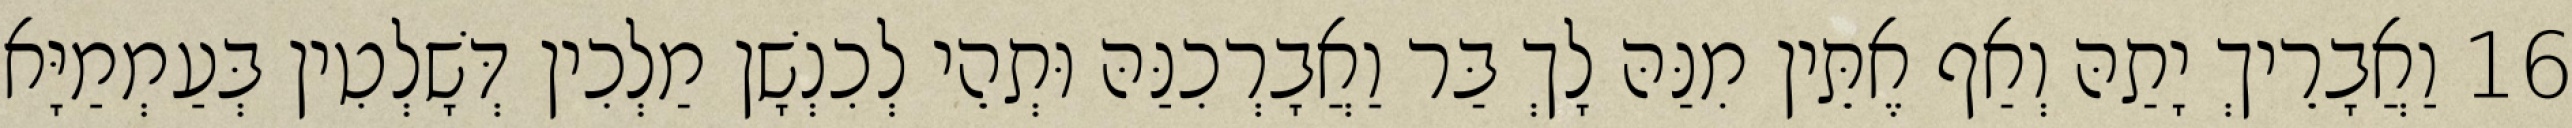
16 וַאֲבָרֵיךְ יָתַהּ וְאַף אֶתֵּין מִנַּהּ לָךְ בַּר וַאֲבָרְכִנַּהּ וּתְהֵי לְכִנְשָׁן מַלְכִין דְּשָׁלְטִין בְּעַמְמַיָּא